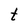
Character: t